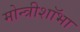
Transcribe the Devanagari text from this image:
मोन्त्रीशाॅभा